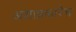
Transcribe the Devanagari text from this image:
अशाप्रकारेच